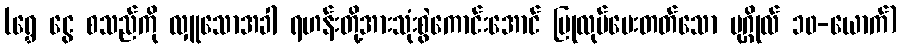
(ရွှေ ငွေ စသည်ကို လှူသောအခါ ရဟန်းတို့အားသုံးစွဲကောင်းအောင် ပြုလုပ်ပေးတတ်သော ပုဂ္ဂိုလ် ၁၀-ယောက်)